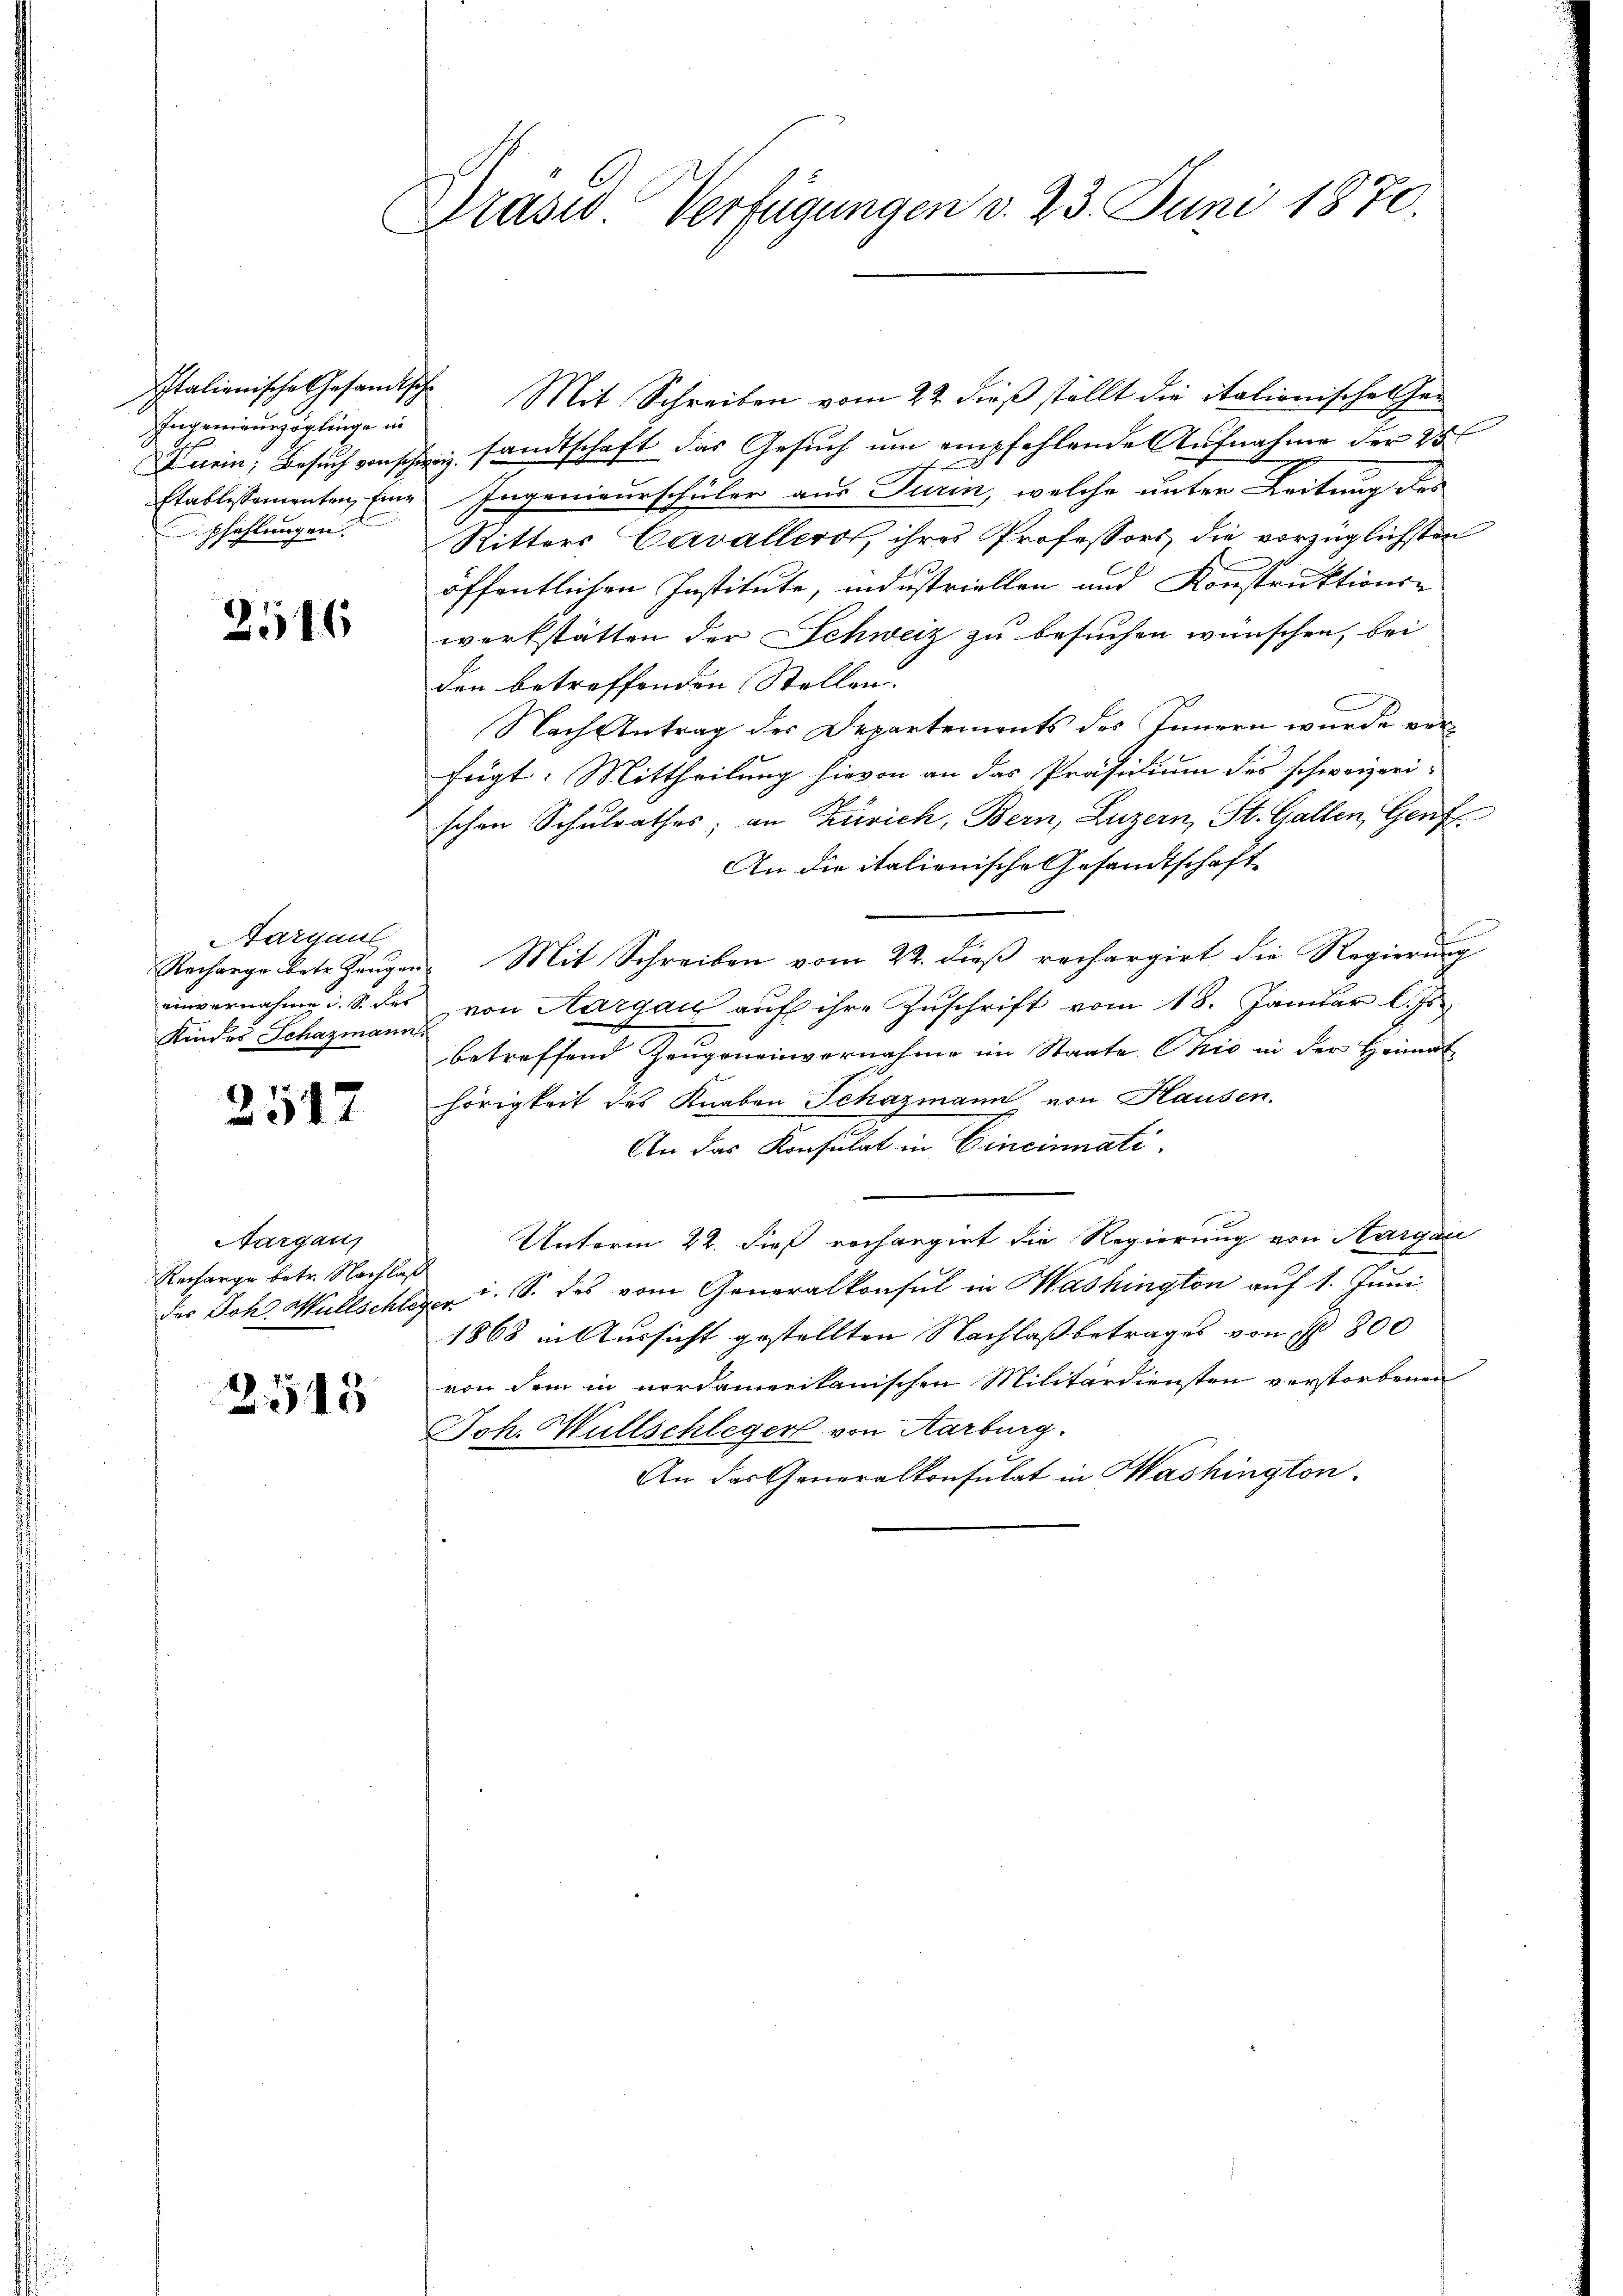
Ingenieurzöglinge in
pfehlungen,

2516

Targau
Kindes Schazmann.

2517

Aargaus
Rechange betr. Nachlaß

2545

Drasid. Verfügungen d. 23. Juni 1870.

Italienische Gesandtsche Mit Schreiben vom 22. dieβ stellt die italionische Ge-
nein, Besuch von schweiz sandtschaft das Gesuch um empfehlende Aufnahme der 25
Etablissementen, Eine Ingenieurschüler aus Turin, welche unter Leitung des
Ritters Cavallers, ihres Professors die vorzüglichsten
öffentlichen Institute, industriellen und Konstruktions-
werkstätten der Schweiz zu besuchen wünschen, bei
den betreffenden Stellen.
Nach Antrag der Departements des Innern wurde verfügt: Mittheilung hievon an das Präsidium des schweizeri-
schen Schulrathes, an Zürich, Bern, Luzern, St. Gallen, Genf
An die italienische Gesandtschaft
Recharge betr. Zeugen Mit Schreiben vom 22. dieß rechargirt die Regierung
einvernahme i. S. des von Aargau aŭf ihre Zŭschrift vom 18. Januar l. Js.
betreffend Zeugeneinvernahme im Staate Ohio in der Heimat
hörigkeit des Knaben Schazmann von Hausen.
2
An das Konsulat in Cincinnati
Unterm 22. dieß rechargirt die Regierung von Aargau
der Joh. Müllschleger u. S. des vom Generalkonsul in Washington auf 1. Juni
1868 in Aussicht gestellten Nachlaß betrages von fl. 800
von dem in nordamerikanischen Militärdiensten verstorbenen
Joh. Wüllschleger von Aarburg.
An der Generalkonsulat in Washington.